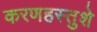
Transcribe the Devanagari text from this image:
करणहस्तुशे